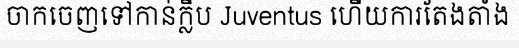
ចាកចេញទៅកាន់ក្លឹប Juventus ហើយការតែងតាំង